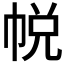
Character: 帨